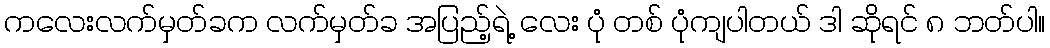
ကလေးလက်မှတ်ခက လက်မှတ်ခ အပြည့်ရဲ့ လေး ပုံ တစ် ပုံကျပါတယ် ဒါ ဆိုရင် ၈ ဘတ်ပါ။